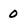
Character: 0